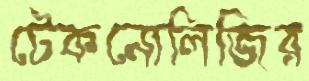
টেকনোলিজির